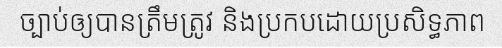
ច្បាប់ឲ្យបានត្រឹមត្រូវ និងប្រកបដោយប្រសិទ្ធភាព